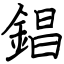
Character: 錩